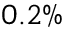
0 . 2 \%